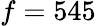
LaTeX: f=545